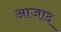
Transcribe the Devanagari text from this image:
आजा़द